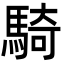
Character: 騎